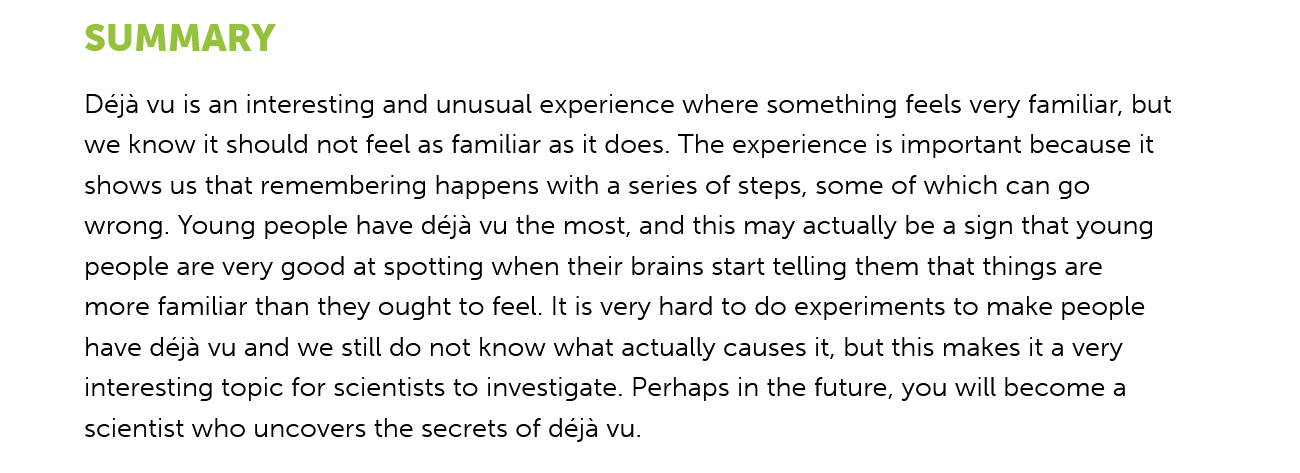
SUMMARY
     Déja vu is an interesting and unusual experience where something feels very familiar, but
     we know it should not feel as familiar as it does. The experience is important because it
     shows us that remembering happens with a series of steps, some of which can go
     wrong. Young people have déja vu the most, and this may actually be a sign that young
     people are very good at spotting when their brains start telling them that things are
     more familiar than they ought to feel. It is very hard to do experiments to make people
     have déja vu and we still do not know what actually causes it, but this makes it a very
     interesting topic for scientists to investigate. Perhaps in the future, you will become a
     scientist who uncovers the secrets of déja vu.